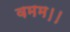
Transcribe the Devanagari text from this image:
वमम।।